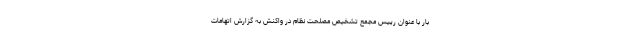
بار با عنوان رییس مجمع تشخیص مصلحت نظام در واکنش به گزارش اتهامات